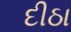
દીઠા